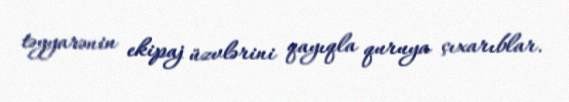
təyyarənin ekipaj üzvlərini qayıqla quruya çıxarıblar.